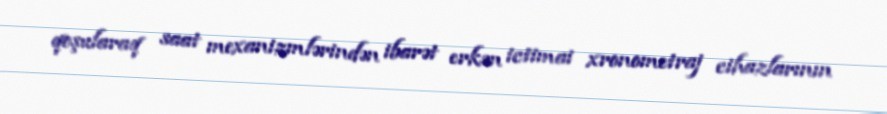
qoşularaq saat mexanizmlərindən ibarət erkən ictimai xronometraj cihazlarının